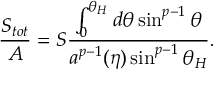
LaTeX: { \frac { S _ { t o t } } { A } } = S { \frac { \int _ { 0 } ^ { \theta _ { H } } d \theta \sin ^ { p - 1 } \theta } { a ^ { p - 1 } ( \eta ) \sin ^ { p - 1 } \theta _ { H } } } .